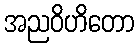
အညဝိဟိတော